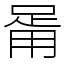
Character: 𤰉